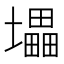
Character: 㙼